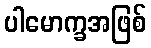
ပါမောက္ခအဖြစ်